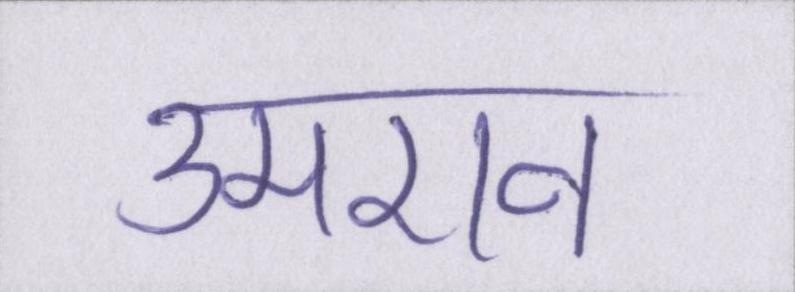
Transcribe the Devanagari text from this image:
उमराव